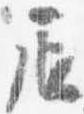
辰